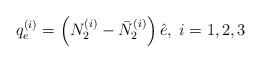
\begin{align*}q_e^{(i)} = \left(N_2^{(i)} - \bar{N}_2^{(i)}\right) \hat{e}, \; i = 1,2,3\end{align*}